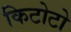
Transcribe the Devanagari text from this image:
किटोटो